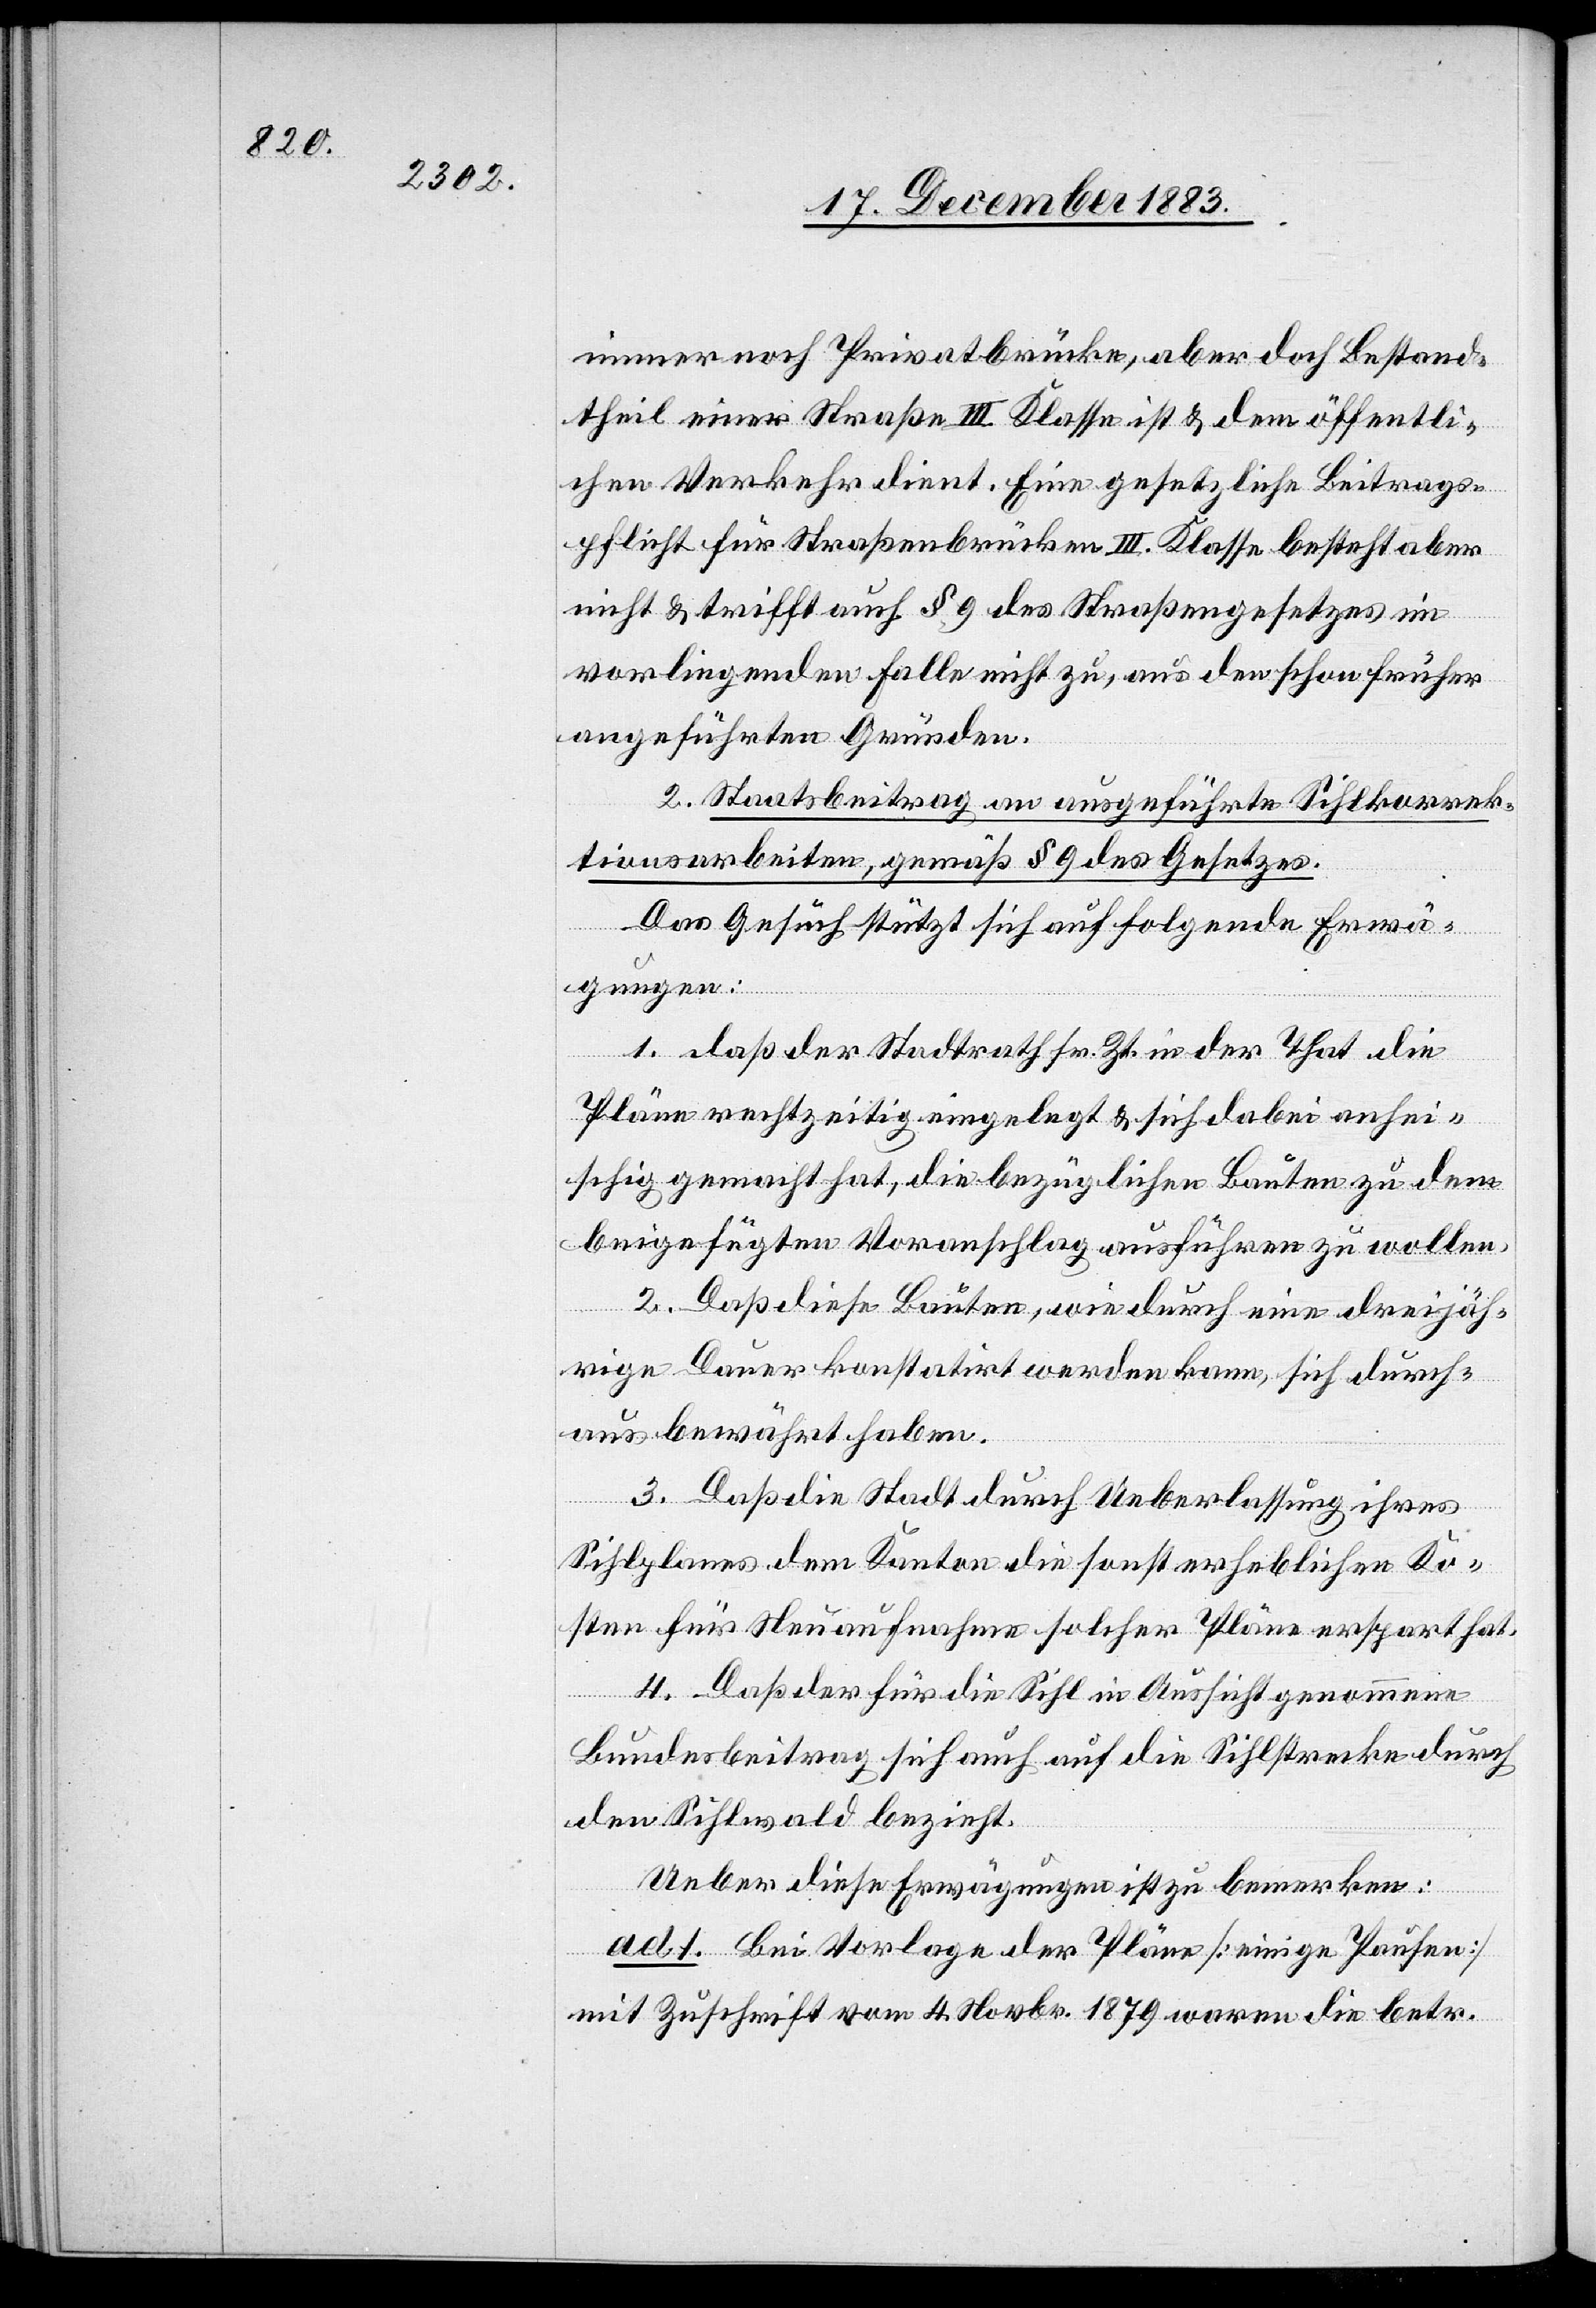
immer noch Privatbrücke, aber doch Bestand¬
theil einer Straße III. Klasse ist & dem öffentli¬
chen Verkehr dient. Eine gesetzliche Beitrags¬
pflicht für Straßenbrücken III. Klasse besteht aber
nicht & trifft auch § 9 des Straßengesetzes im
vorliegenden Fall nicht zu, aus den schon früher
angeführten Gründen.
2. Staatsbeitrag an ausgeführte Sihlkorrek¬
tionsarbeiten, gemäß § 9 des Gesetzes.
Das Gesuch stützt sich auf folgende Erwä¬
gungen:
1. daß der Stadtrath sr. Zt. in der That die
Pläne rechtzeitig eingelegt & sich dabei anhei¬
schig gemacht hat, die bezüglichen Bauten zu dem
beigefügten Voranschlag ausführen zu wollen.
2. Daß diese Bauten, wie durch eine dreijäh¬
rige Dauer konstatirt werden kann, sich durch¬
aus bewährt haben.
3. Daß die Stadt durch Ueberlassung ihres
Sihlplanes dem Kanton die sonst erheblichen Ko¬
sten für Neuaufnahme solcher Pläne erspart hat.
4. Daß der für die Sihl in Aussicht genommene
Bundesbeitrag sich auch auf die Sihlstrecke durch
den Sihlwald bezieht.
Ueber diese Erwägungen ist zu bemerken:
ad 1. Bei Vorlage der Pläne [einige Pausen]
mit Zuschrift vom 4. Novbr 1879 waren die betr.